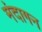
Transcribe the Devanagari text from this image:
मंदागन